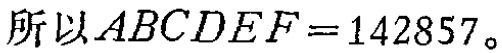
所以\(ABCDEF = 142857\)。